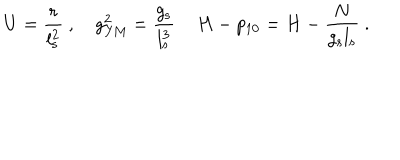
U = \frac { r } { l _ { \mathrm { s } } ^ { 2 } } \ , \quad g _ { \mathrm { Y M } } ^ { 2 } = \frac { g _ { \mathrm { s } } } { l _ { \mathrm { s } } ^ { 3 } } \, \quad H - p _ { 1 0 } = H - \frac { N } { g _ { \mathrm { s } } l _ { \mathrm { s } } } \ .